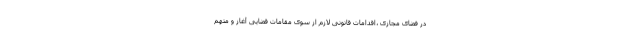
در فضای مجازی ،اقدامات قانونی لازم از سوی مقامات قضایی آغاز و متهم